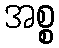
အစ္စ